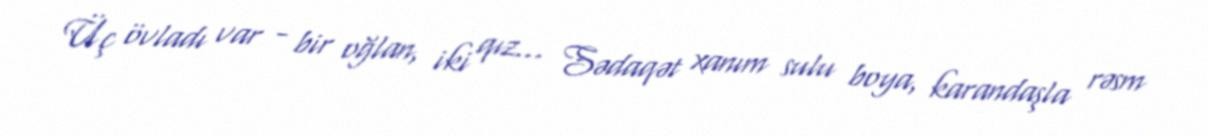
Üç övladı var - bir oğlan, iki qız… Sədaqət xanım sulu boya, karandaşla rəsm